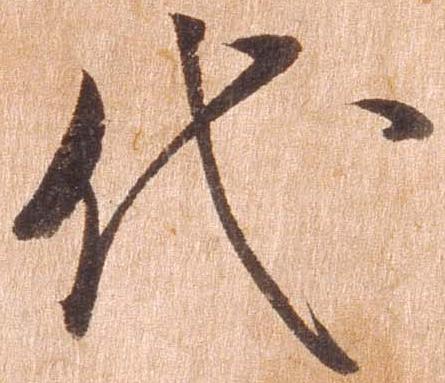
代